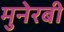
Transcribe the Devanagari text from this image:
मुनेरबी